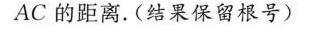
AC的距离。(结果保留根号)